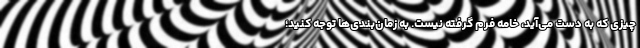
چیزی که به دست می‌آید، خامه فرم گرفته نیست. به زمان‌بندی‌ها توجه کنید؛